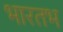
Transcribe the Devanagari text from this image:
भारतभ